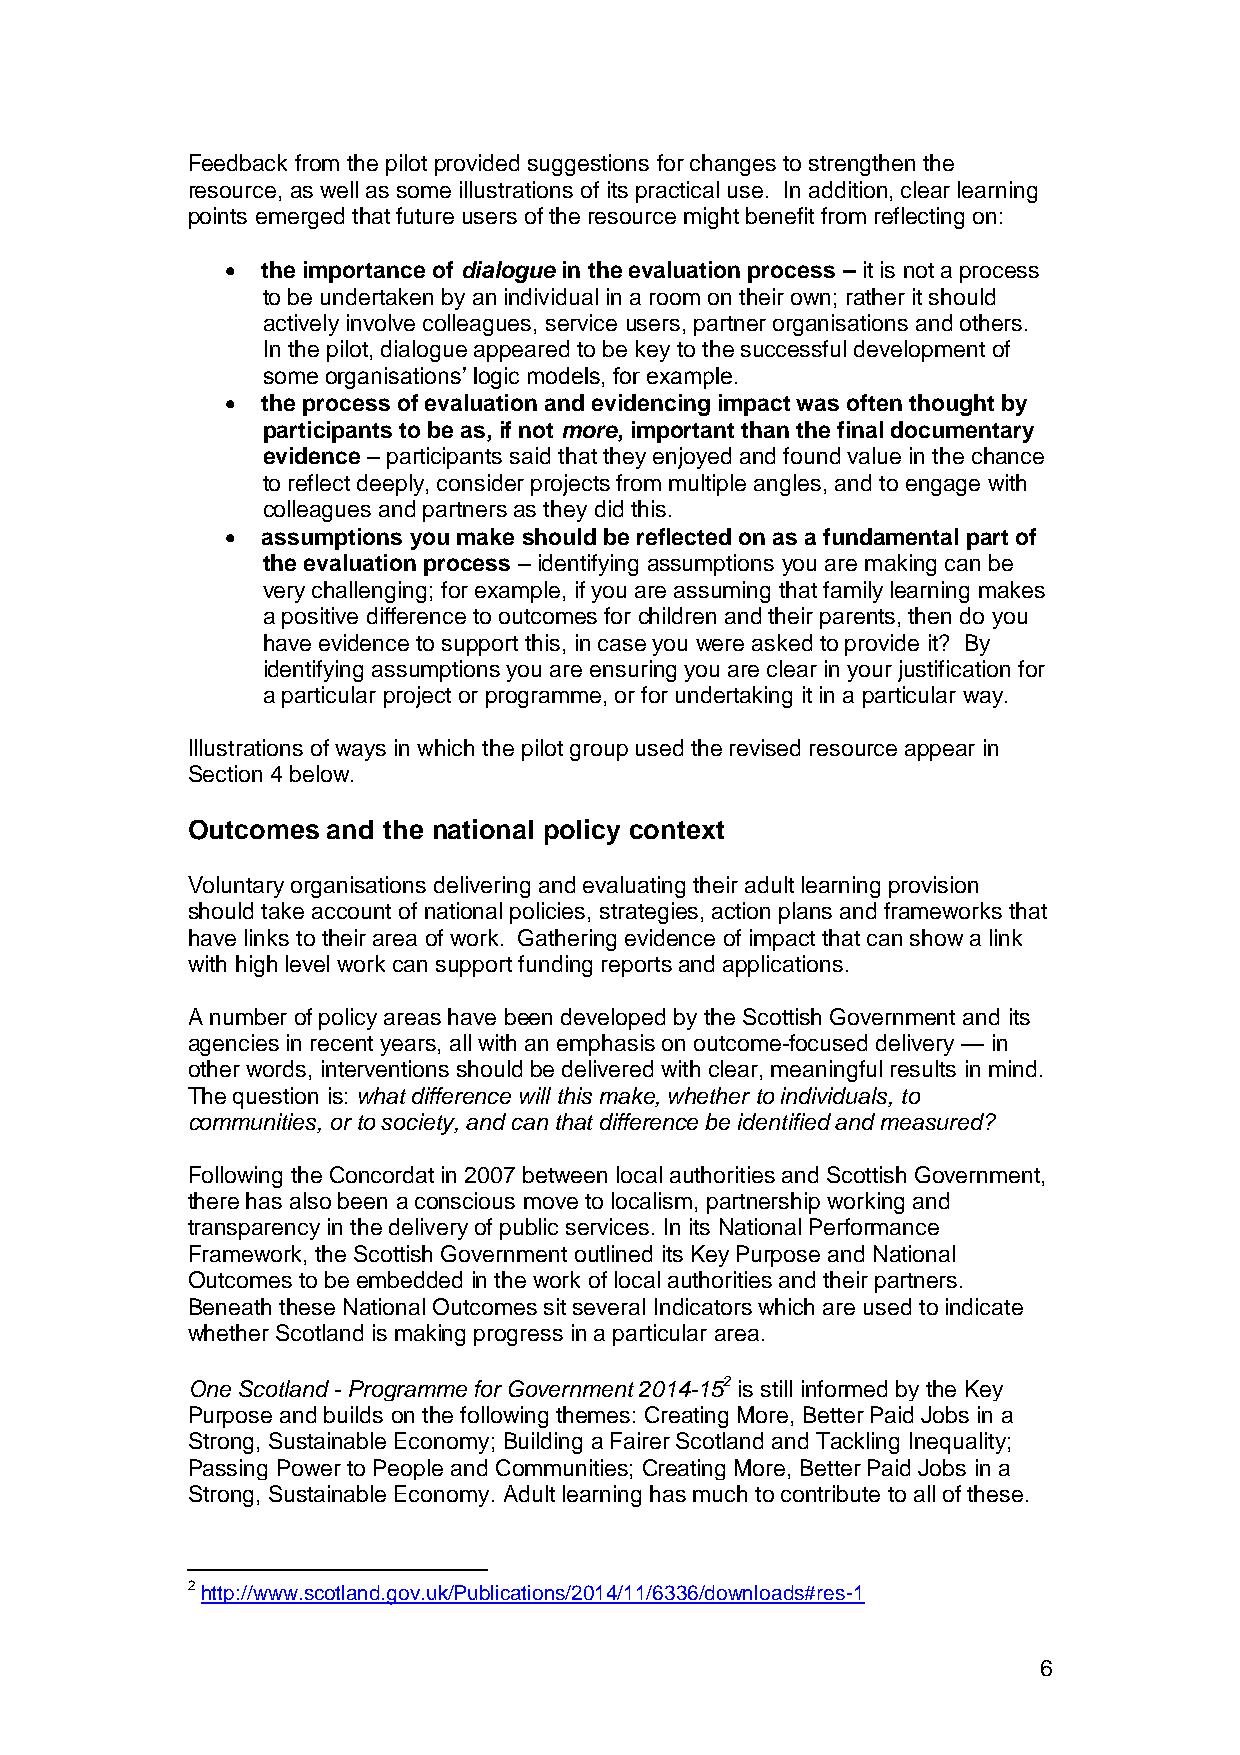
Feedback from the pilot provided suggestions for changes to strengthen the
 resource, as well as some illustrations of its practical use. In addition, clear learning
 points emerged that future users of the resource might benefit from reflecting on:
  the importance of dialogue in the evaluation process – it is not a process
 to be undertaken by an individual in a room on their own; rather it should
 actively involve colleagues, service users, partner organisations and others.
 In the pilot, dialogue appeared to be key to the successful development of
 some organisations’ logic models, for example.
  the process of evaluation and evidencing impact was often thought by
 participants to be as, if not more, important than the final documentary
 evidence – participants said that they enjoyed and found value in the chance
 to reflect deeply, consider projects from multiple angles, and to engage with
 colleagues and partners as they did this.
  assumptions you make should be reflected on as a fundamental part of
 the evaluation process – identifying assumptions you are making can be
 very challenging; for example, if you are assuming that family learning makes
 a positive difference to outcomes for children and their parents, then do you
 have evidence to support this, in case you were asked to provide it? By
 identifying assumptions you are ensuring you are clear in your justification for
 a particular project or programme, or for undertaking it in a particular way.
 Illustrations of ways in which the pilot group used the revised resource appear in
 Section 4 below.
 Outcomes  and the national policy context
 Voluntary organisations delivering and evaluating their adult learning provision
 should take account of national policies, strategies, action plans and frameworks that
 have links to their area of work. Gathering evidence of impact that can show a link
 with high level work can support funding reports and applications.
 A number of policy areas have been developed by the Scottish Government and its
 agencies in recent years, all with an emphasis on outcome-focused delivery — in
 other words, interventions should be delivered with clear, meaningful results in mind.
 The question is: what difference will this make, whether to individuals, to
 communities, or to society, and can that difference be identified and measured?
 Following the Concordat in 2007 between local authorities and Scottish Government,
 there has also been a conscious move to localism, partnership working and
 transparency in the delivery of public services. In its National Performance
 Framework, the Scottish Government outlined its Key Purpose and National
 Outcomes to be embedded in the work of local authorities and their partners.
 Beneath these National Outcomes sit several Indicators which are used to indicate
 whether Scotland is making progress in a particular area.
 One Scotland - Programme for Government 2014-152 is still informed by the Key
 Purpose and builds on the following themes: Creating More, Better Paid Jobs in a
 Strong, Sustainable Economy; Building a Fairer Scotland and Tackling Inequality;
 Passing Power to People and Communities; Creating More, Better Paid Jobs in a
 Strong, Sustainable Economy. Adult learning has much to contribute to all of these.
 2 http://www.scotland.gov.uk/Publications/2014/11/6336/downloads#res-1
 6